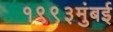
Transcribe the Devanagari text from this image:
१९९३मुंबई